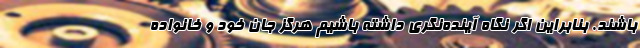
باشند. بنابراین اگر نگاه آینده‌نگری داشته باشیم هرگز جان خود و خانواده